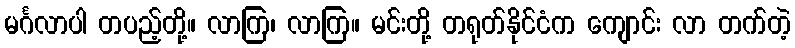
မင်္ဂလာပါ တပည့်တို့။ လာကြ၊ လာကြ။ မင်းတို့ တရုတ်နိုင်ငံက ကျောင်း လာ တက်တဲ့